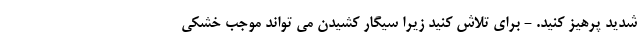
شدید پرهیز کنید. - برای تلاش کنید زیرا سیگار کشیدن می تواند موجب خشکی